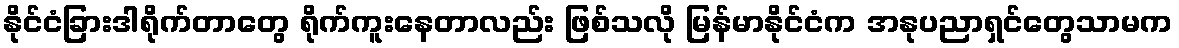
နိုင်ငံခြားဒါရိုက်တာတွေ ရိုက်ကူးနေတာလည်း ဖြစ်သလို မြန်မာနိုင်ငံက အနုပညာရှင်တွေသာမက